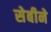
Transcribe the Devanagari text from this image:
सेबीने